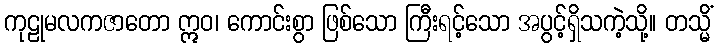
ကုဠုမလကဇာတော ဣဝ၊ ကောင်းစွာ ဖြစ်သော ကြီးရင့်သော အပွင့်ရှိသကဲ့သို့။ တသ္မိံ